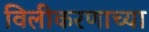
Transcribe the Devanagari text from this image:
विलीकरणाच्या